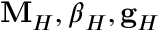
\mathbf { M } _ { H } , \boldsymbol { \beta } _ { H } , \mathbf { g } _ { H }